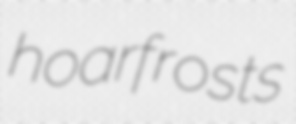
hoarfrosts